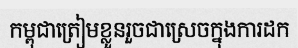
កម្ពុជាត្រៀមខ្លួនរួចជាស្រេចក្នុងការដក